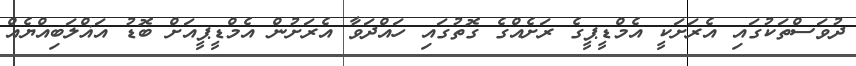
ދުވަސްތަކުގައި އެރަށަކީ އެމްޑީޕީގެ ރަށެއްގެ ގޮތުގައި ހައްދަވާ އެރަށުން އެމްޑީޕީއަށް ބޮޑު އަޣްލަބިއްޔެއް